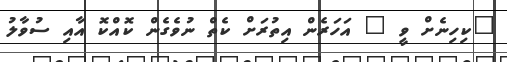
"ކިހިނެށް ވީ " އަހަރެން އިތުރަށް ކެތް ނުވެގެން ކޮއްކޮ އާއި ސުވާލު